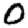
Digit: 0